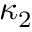
\kappa _ { 2 }